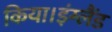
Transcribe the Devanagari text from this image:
किया।इंग्लैंड